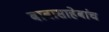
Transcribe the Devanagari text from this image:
बाबासाहेबांच